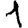
Digit: 1